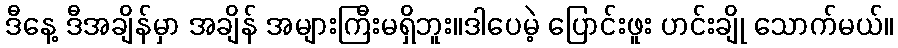
ဒီနေ့ ဒီအချိန်မှာ အချိန် အများကြီးမရှိဘူး။ဒါပေမဲ့ ပြောင်းဖူး ဟင်းချို သောက်မယ်။